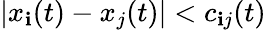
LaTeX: |x_{\mathbf{i}}(t)-x_{j}(t)|<c_{\mathbf{i}j}(t)